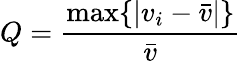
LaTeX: Q=\frac{\operatorname*{max}\{ |v_{i}-\bar{v}|\} }{\bar{v}}